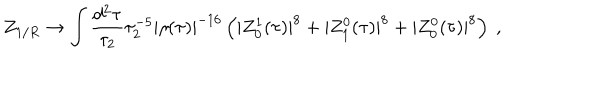
Z _ { 1 / R } \to \int \frac { d ^ { 2 } \tau } { \tau _ { 2 } } \tau _ { 2 } ^ { - 5 } | \eta ( \tau ) | ^ { - 1 6 } \left( | Z _ { 0 } ^ { 1 } ( \tau ) | ^ { 8 } + | Z _ { 1 } ^ { 0 } ( \tau ) | ^ { 8 } + | Z _ { 0 } ^ { 0 } ( \tau ) | ^ { 8 } \right) \ ,